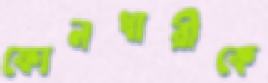
ফোনধারীকে